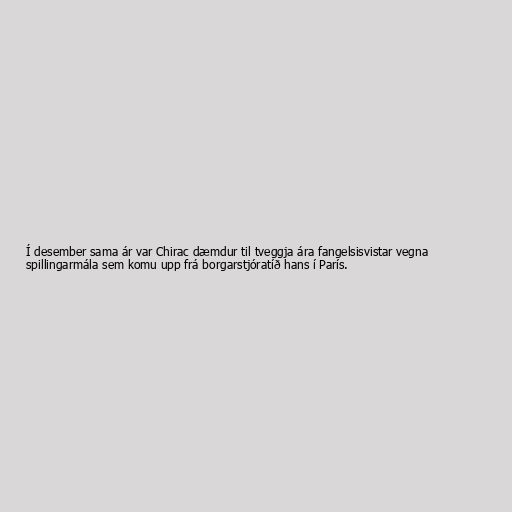
Í desember sama ár var Chirac dæmdur til tveggja ára fangelsisvistar vegna
spillingarmála sem komu upp frá borgarstjóratíð hans í París.